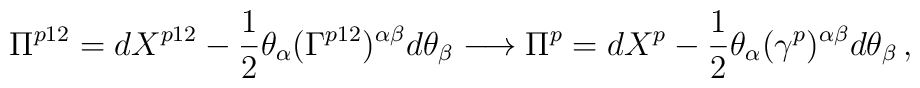
\Pi^{p12}=dX^{p12}-\frac{1}{2}\theta_{\alpha}(\Gamma^{p12})^{\alpha\beta}d\theta_{\beta}\longrightarrow\Pi^{p}=dX^{p}-\frac{1}{2}\theta_{\alpha}(\gamma^{p})^{\alpha\beta}d\theta_{\beta}\,,